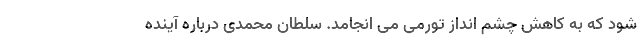
شود که به کاهش چشم انداز تورمی می انجامد. سلطان محمدی درباره آینده